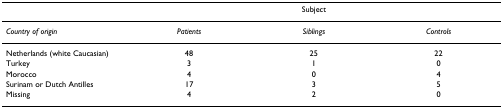
|  | <COLSPAN=3> Subject |
 | --- | --- | --- | --- |
 | Country of origin | Patients | Siblings | Controls |
 | Netherlands (white Caucasian) | 48 | 25 | 22 |
 | Turkey | 3 | 1 | 0 |
 | Morocco | 4 | 0 | 4 |
 | Surinam or Dutch Antilles | 17 | 3 | 5 |
 | Missing | 4 | 2 | 0 |